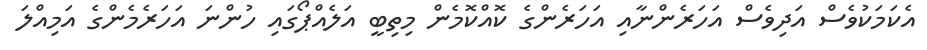
އެކަމަކުވެސް އަދިވެސް އަހަރެންނާއި އަހަރެންގެ ކޮއްކޮމެން މިތިބީ އަލެއްޕޯގައި ހުންނަ އަހަރެމެންގެ އަމިއްލަ